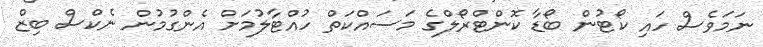
ނަމަވެސް ހައި ކޯޓުން ބޯޑާ ކޮންޓްރޯލްގެ މަސައްކަތް ހުއްޓާލުމަށް އެންގުމުން ނެކްސް ބިޒް